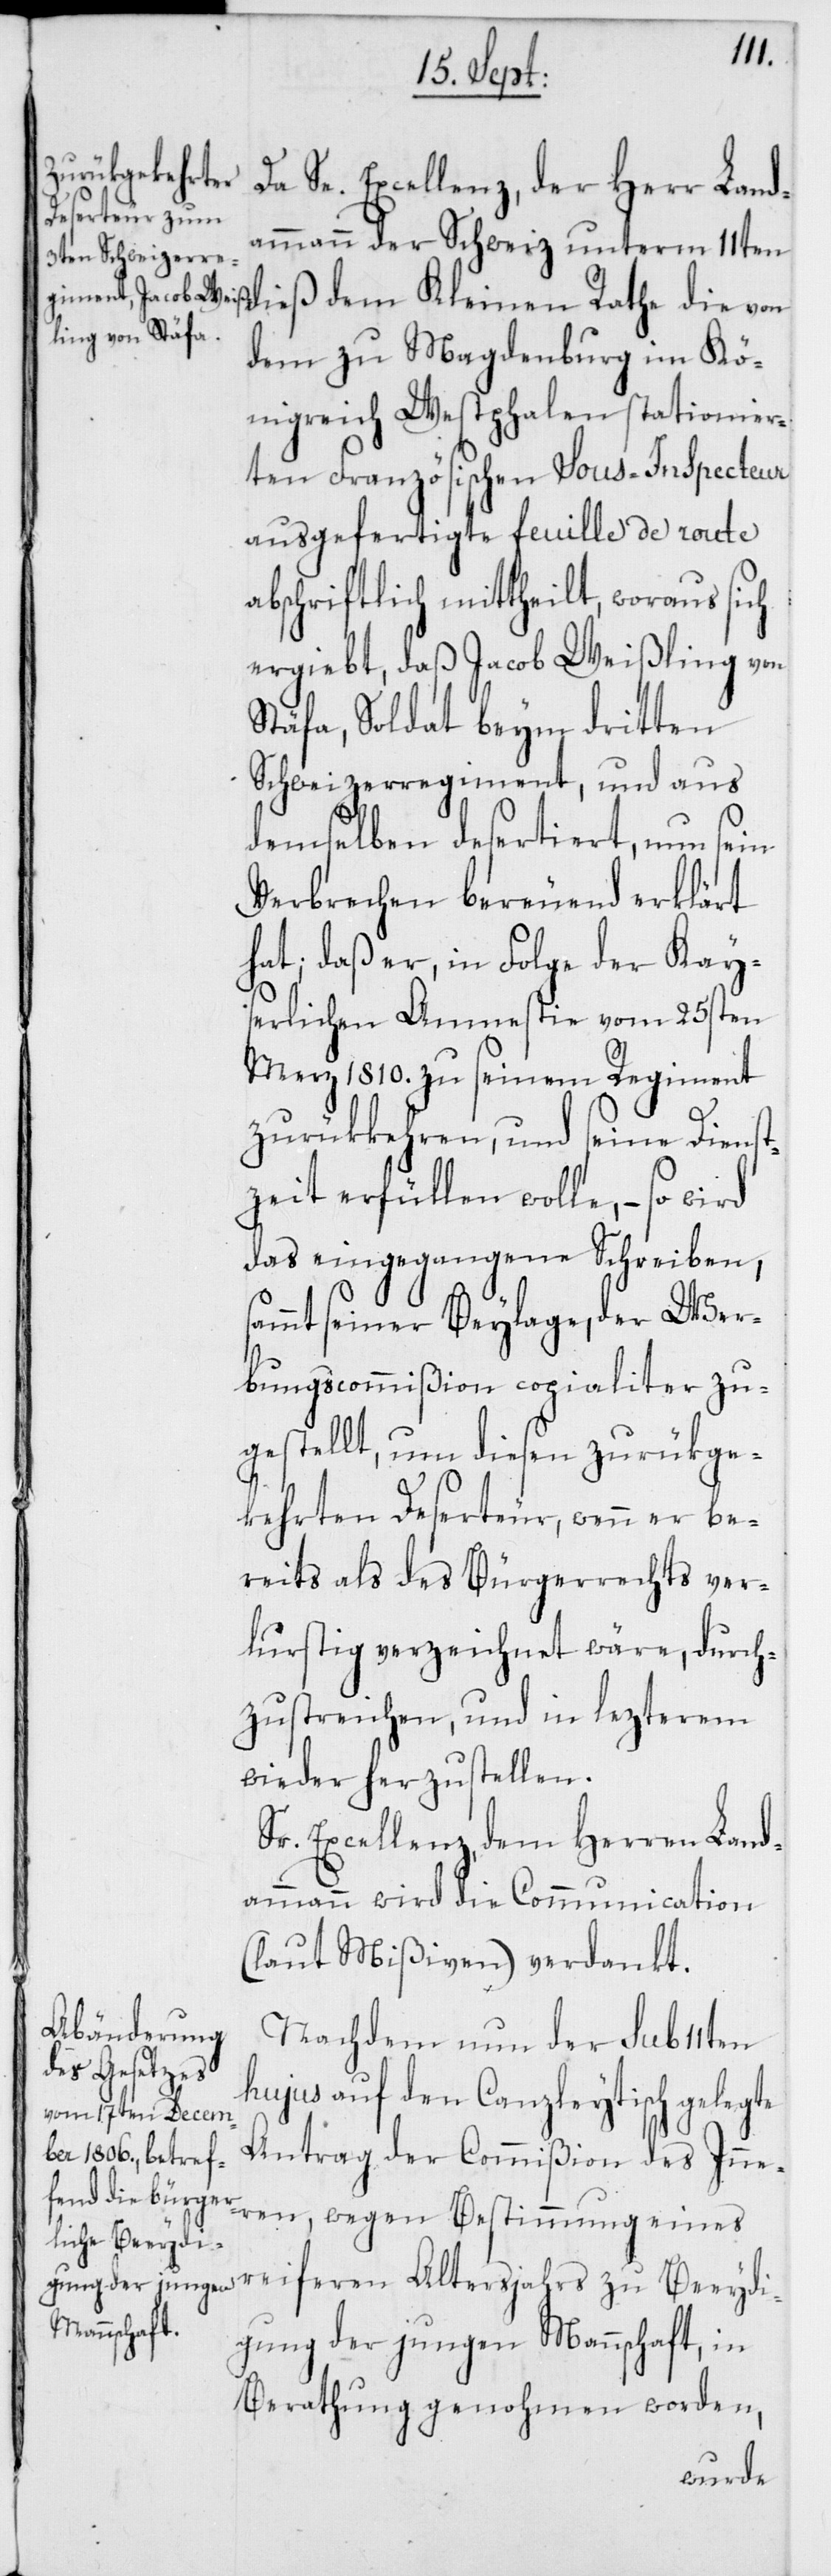
en,
Da Se. Excellenz der Herr Land¬
ammann der Schweiz unterm 11ten
dieß dem Kleinen Rathe die von
dem zu Magdenburg im Kö¬
nigreich Westphalen stationier¬
ten Französischen Sous-Inspecteur
ausgefertigte feuille de route
abschriftlich mittheilt, woraus sich
ergiebt, daß Jacob Weißling von
Stäfa, Soldat beym dritten
Schweizerregiment, und aus
demselben desertiert, nun sein
Verbrechen bereuend erklärt
hat; daß er, in Folge der Kay¬
serlichen Amnestie vom 25sten
März 1810. zu seinem Regiment
zurückkehren, und seine Dienst¬
zeit erfüllen wolle, – so wird
das eingegangene Schreiben,
ammt seiner Beylage, der Wer¬
bungscommißion copialiter zu¬
gestellt, um diesen zurükge¬
kehrten Deserteur, wenn er be¬
reits als des Bürgerrechts ver¬
lurstig verzeichnet wäre, durch¬
zustreichen, und in lezterem
wieder herzustellen.
Sr. Excellenz, dem Herren Land¬
ammann wird die Communication
(laut Mißiven) verdankt.
Nachdem nun der sub 11ten
hujus auf den Canzleytisch gelegte
Antrag der Commißion des Inner¬
reiferen Altersjahrs zu Beeydi¬
gung der jungen Mannschaft, in
Berathung genohmen worden,